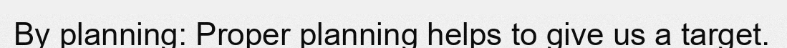
By planning: Proper planning helps to give us a target.